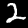
Label: 2